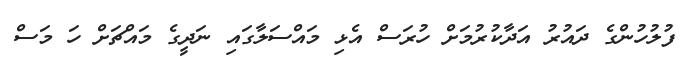
ފުލުހުންގެ ދައުރު އަދާކުރުމަށް ހުރަސް އެޅި މައްސަލާގައި ނަދީގެ މައްޗަށް ހަ މަސް